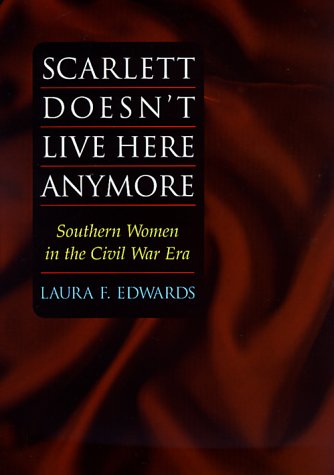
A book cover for Scarlett Doesn't Live Here Anymore: Southern Women in the Civil War Era; Laura F. Edwards; Politics & Social Sciences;